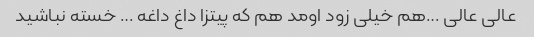
عالی عالی …هم خیلی زود اومد هم که پیتزا داغ داغه … خسته نباشید